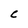
Character: C